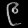
Digit: ၉